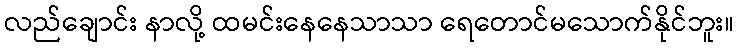
လည်ချောင်း နာလို့ ထမင်းနေနေသာသာ ရေတောင်မသောက်နိုင်ဘူး။